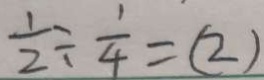
\frac { 1 } { 2 } \div \frac { 1 } { 4 } = ( 2 )